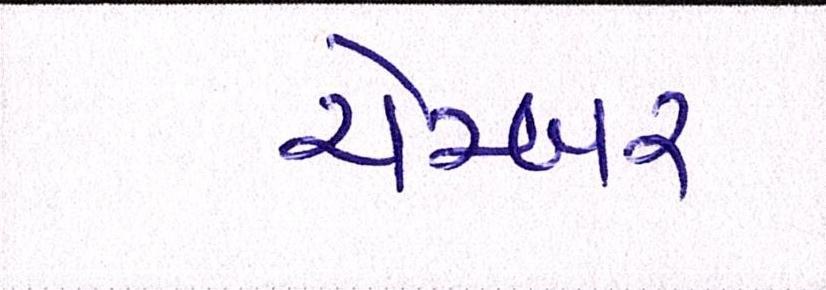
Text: ચેમ્બર